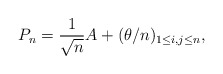
\begin{align*} P_n=\frac{1}{\sqrt{n}}A+(\theta/n)_{1 \leq i,j \leq n},\end{align*}